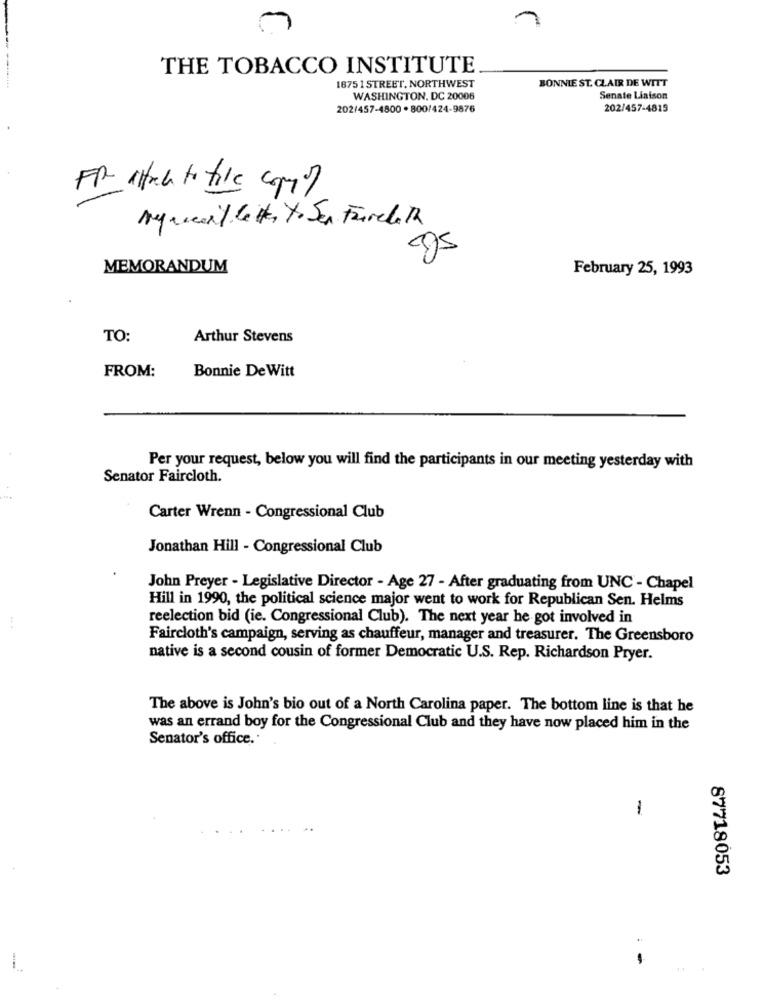
THE TOBACCO INSTITUTE
BONNIE ST. CLAIR DE WITT
1675 1 STREET, NORTHWEST
WASHINGTON, DC 20006
Senate Liaison
202/457-4800 . 800/424-9876
202/457-4819
FR altice to file copy
My recent lette, to Sen Faircloth
MEMORANDUM
February 25, 1993
TO:
Arthur Stevens
FROM:
Bonnie De Witt
Per your request, below you will find the participants in our meeting yesterday with
Senator Faircloth.
Carter Wrenn - Congressional Club
Jonathan Hill - Congressional Club
John Preyer - Legislative Director - Age 27 - After graduating from UNC - Chapel
Hill in 1990, the political science major went to work for Republican Sen. Helms
reelection bid (ie. Congressional Club). The next year he got involved in
Faircloth's campaign, serving as chauffeur, manager and treasurer. The Greensboro
native is a second cousin of former Democratic U.S. Rep. Richardson Pryer.
The above is John's bio out of a North Carolina paper. The bottom line is that he
was an errand boy for the Congressional Club and they have now placed him in the
Senator's office.'
1
87718053
--